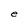
Character: P